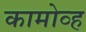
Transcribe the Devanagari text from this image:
कामोव्ह